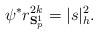
LaTeX: \begin{align*}\psi^{\ast}r_{\mathbf{S}_{p}^{1}}^{2k}=|s|_{h}^{2}.\end{align*}